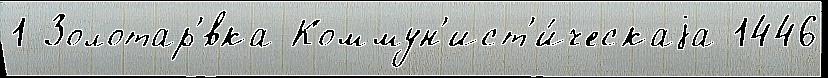
1 Золотар'́вка Коммун'ист'и́ческаjа 1446